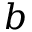
b